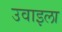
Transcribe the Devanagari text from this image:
उवाइला